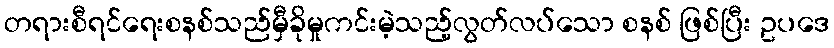
တရားစီရင်ရေးစနစ်သည်မှီခိုမှုကင်းမဲ့သည့်လွတ်လပ်သော စနစ် ဖြစ်ပြီး ဥပဒေ